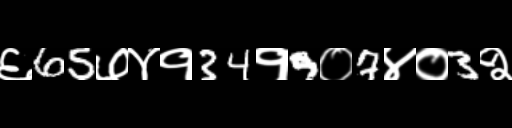
Text: ६65७४१34१9०7४०3२